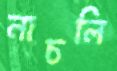
নাচলি